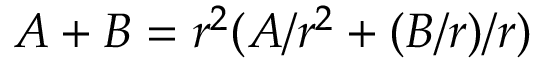
A + B = r ^ { 2 } ( A / r ^ { 2 } + ( B / r ) / r )